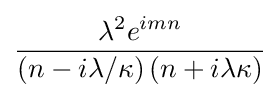
{\frac {\lambda ^{2}e^{imn}}{\left(n-i\lambda /\kappa \right)\left(n+i\lambda \kappa \right)}}